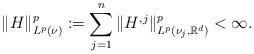
LaTeX: \begin{align*}\| H\|^{p}_{L^{p}(\nu)}:=\sum_{j=1}^n\| H^{,j}\|^{p}_{L^p(\nu_j,\mathbb R^d)}<\infty.\end{align*}